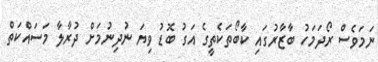
ނަމަވެސް ރޯދަމަހު ބާޒާރުގައި ކާބޯތަކެތީގެ އަގު ބޮޑު ވިޔަ ނުދިނުމަށް ދުރާލާ މަސައްކަތް